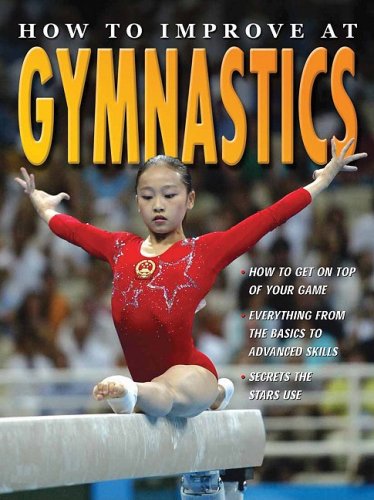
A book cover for How to Improve at Gymnastics; Andrew D. Walker; Children's Books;